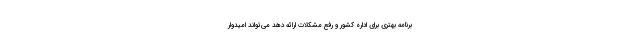
برنامه بهتری برای اداره کشور و رفع مشکلات ارائه دهد می‌تواند امیدوار